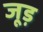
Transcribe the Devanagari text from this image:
जूड़